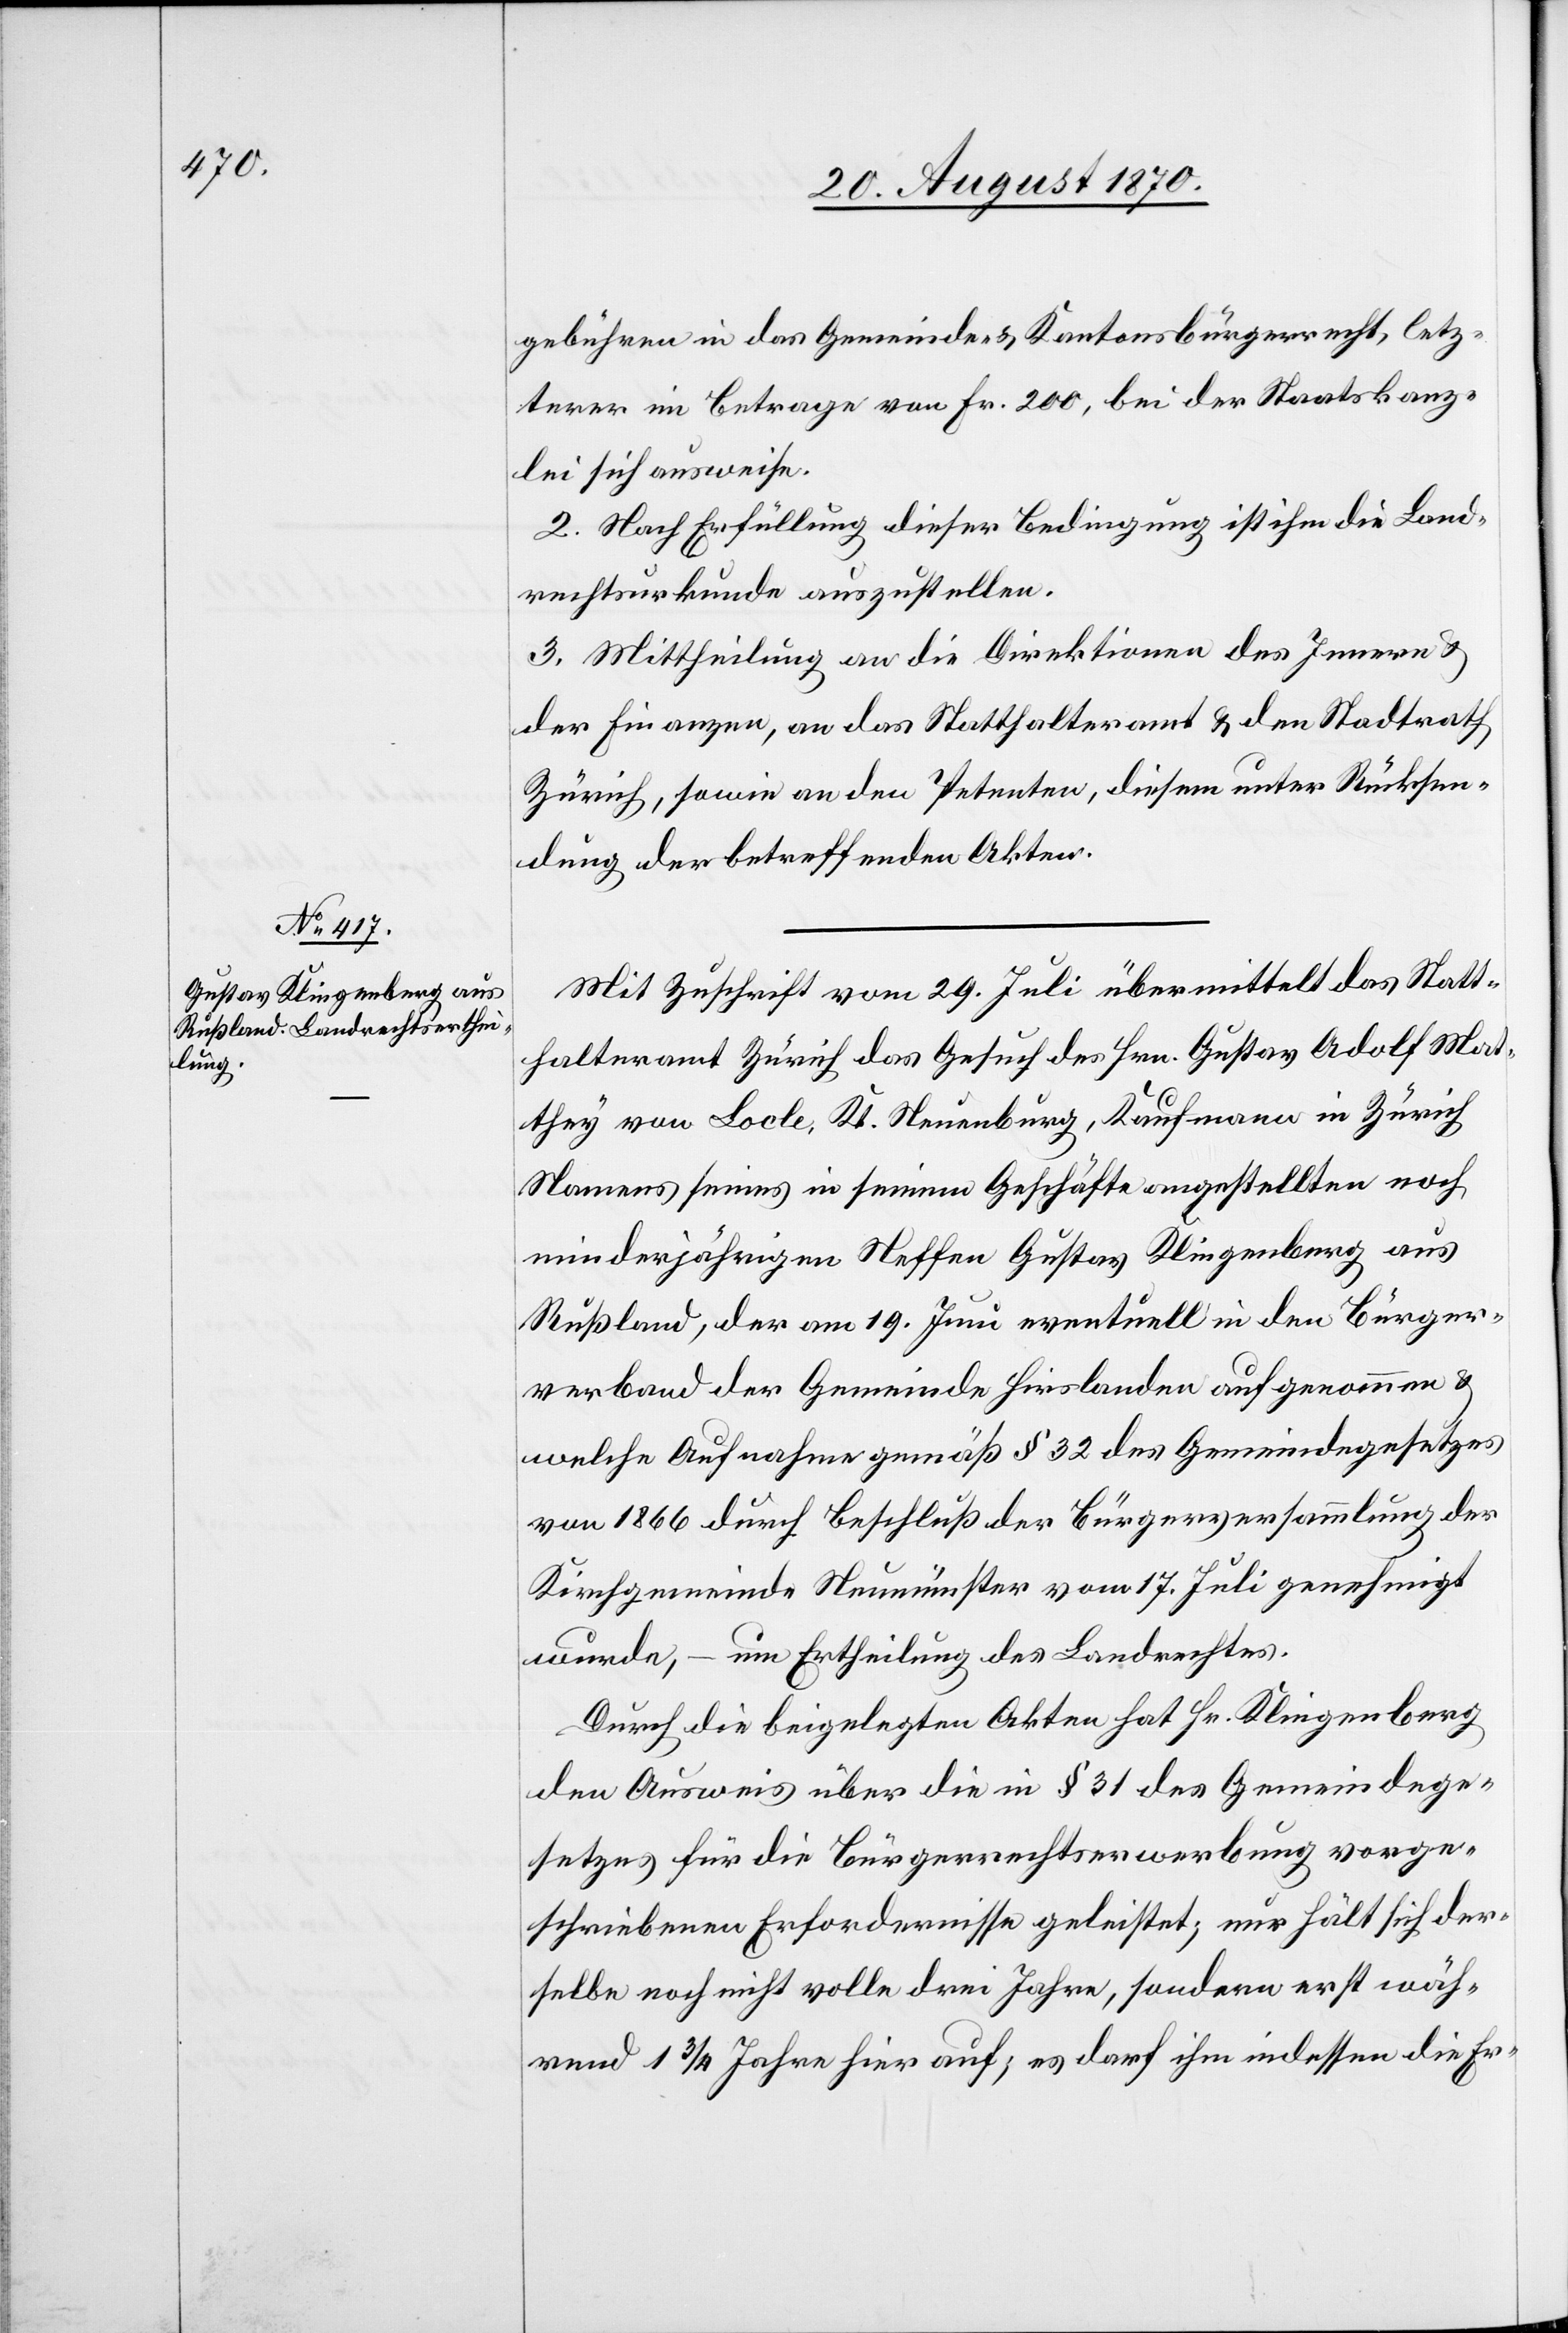
gebühren in das Gemeinde- & Kantonsbürgerrecht, letz¬
terer im Betrage von Fr. 200, bei der Staatskanz¬
lei sich ausweise.
2. Nach Erfüllung dieser Bedingung ist ihm die Land¬
rechtsurkunde auszustellen.
3. Mittheilung an die Direktionen des Innern &
der Finanzen, an das Statthalteramt & den Stadtrath
Zürich, sowie an den Petenten, diesem unter Rücksen¬
dung der betreffenden Akten.
Mit Zuschrift vom 29. Juli übermittelt das Statt¬
halteramt Zürich das Gesuch des Hrn. Gustav Adolf Mat¬
they von Locle, Kt. Neuenburg, Kaufmann in Zürich[,]
Namens seines in seinem Geschäfte angestellten noch
minderjährigen Neffen Gustav Klingenberg aus
Rußland, der am 19. Juli eventuell in den Bürger¬
verband der Gemeinde Hirslanden aufgenommen &
welche Aufnahme gemäß § 32 des Gemeindegesetzes
von 1866 durch Beschluß der Bürgerversammlung der
Kirchgemeinde Neumünster vom 17. Juli genehmigt
wurde, – um Ertheilung des Landrechtes.
Durch die beigelegten Akten hat Hr. Klingenberg
den Ausweis über die in § 31 des Gemeindege¬
setzes für die Bürgerrechtserwerbung vorge¬
schriebenen Erfordernisse geleistet; nur hält sich der¬
selbe noch nicht volle drei Jahre, sondern erst während
rund 1 3/4 Jahre hier auf; es darf ihm indessen die Er-